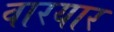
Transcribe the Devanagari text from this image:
वारयार